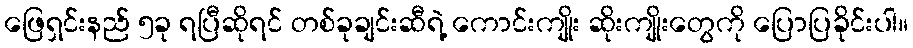
ဖြေရှင်းနည် ၅ခု ရပြီဆိုရင် တစ်ခုချင်းဆီရဲ့ ကောင်းကျိုး ဆိုးကျိုးတွေကို ပြောပြခိုင်းပါ။